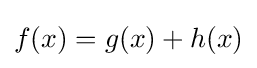
f(x)=g(x)+h(x)